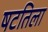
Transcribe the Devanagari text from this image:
षटतिला